Mental hospitals Bombay report 1921-28 - 1921-1928
Year: 1921
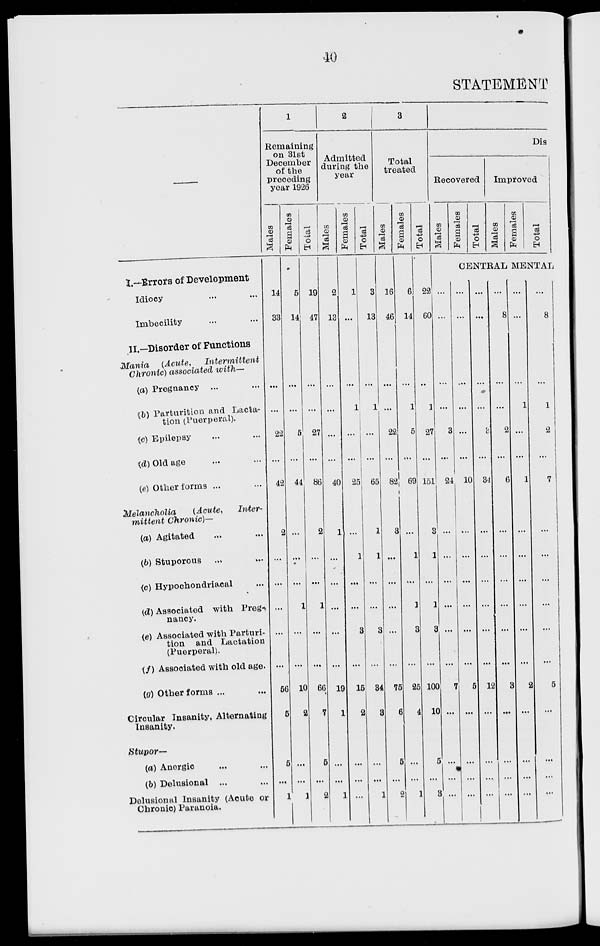
40
STATEMENT
—
I.—Errors of Development
Idiocy ... ...
Imbecility ... ...
II.—Disorder of Functions
Mania
(Acute,
Intermittent
Chronic) associated
with-
(a) Pregnancy ... ...
(b) Parturition and Lacta-
tion (Puerperal).
(c) Epilepsy ... ...
(d) Old age ... ...
(e) Other forms ... ...
Melancholia
(Acute,
Inter-
mittent
Chronic)—
(a) Agitated ... ...
(b) Stuporous ... ...
(c) Hypochondriacal ...
(d) Associated with Pregnancy.
(e) Associated with Parturi-
tion and Lactation
(Puerperal).
(f) Associated with old age .
(g) Other forms ... ...
Circular Insanity, Alternating
Insanity.
Stupor—
(a) Anergic ... ...
(b) Delusional ... ...
Delusional Insanity (Acute or
Chronic) Paranoia.
1
Remaining
on 31st
December
of the
preceding
year 1926
Males
14
33
...
...
22
...
42
2
...
...
...
...
...
56
5
5
...
1
Females
5
14
...
...
5
...
44
...
...
...
1
...
...
10
2
...
...
1
Total
19
47
...
...
27
...
86
2
...
...
1
...
...
66
7
5
...
2
2
Admitted
during the
year
Males
2
13
...
...
...
...
40
1
...
...
...
...
...
19
1
...
...
1
Females
1
...
...
1
...
...
25
...
1
...
...
3
...
15
2
...
...
...
Total
3
13
...
1
...
...
65
1
1
...
...
3
...
34
3
...
...
...
3
Total
treated
Males
16
46
...
...
22
...
82
3
...
...
...
...
...
75
6
5
...
2
Females
6
14
...
1
5
...
69
...
1
...
1
3
...
25
4
...
...
1
Total
22
60
...
1
27
...
151
3
1
...
1
3
...
100
10
5
...
3
Dis
Recovered
Males
Females
Total
Improved
Males
Females
Total
CENTRAL MENTAL
...
...
...
...
3
...
24
...
...
...
...
...
...
7
...
...
...
...
...
...
...
...
...
...
10
...
...
...
...
...
...
5
...
...
...
...
...
...
...
...
3
...
34
...
...
...
...
...
...
12
...
...
...
...
...
8
...
...
2
...
6
...
...
...
...
...
...
3
...
...
...
...
...
...
...
1
...
...
1
...
...
...
...
...
...
2
...
...
...
...
...
8
...
1
2
...
7
...
...
...
...
...
...
5
...
...
...
...